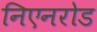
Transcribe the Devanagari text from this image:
निएनरोड